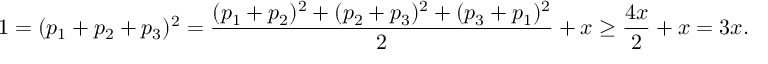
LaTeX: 1 = ( p _ { 1 } + p _ { 2 } + p _ { 3 } ) ^ { 2 } = \frac { ( p _ { 1 } + p _ { 2 } ) ^ { 2 } + ( p _ { 2 } + p _ { 3 } ) ^ { 2 } + ( p _ { 3 } + p _ { 1 } ) ^ { 2 } } { 2 } + x \geq \frac { 4 x } { 2 } + x = 3 x .